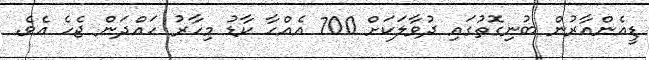
ޑީއެންއާރުން ބުނިގޮތުގައި ދުވާލަކަށް 700 އެއްހާ ކާޑު މިހާރު ހައްދަން ޖެހެ އެވެ.